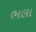
ભલો